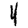
Digit: 4